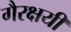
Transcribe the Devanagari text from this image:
गैरक्षयी